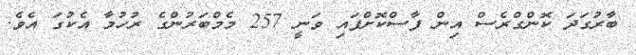
ބާރުގަދަ ކޮންގްރެސް އިން ފާސްކޮށްފައި ވަނީ 257 މެމްބަރުންގެ ރުހުމާ އެކުގަ އެވެ.